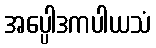
အပ္ပေါဒကပါယသံ